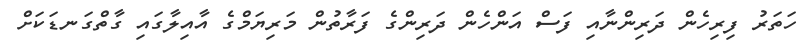
ހަތަރު ފިރިހެން ދަރިންނާއި ފަސް އަންހެން ދަރިންގެ ފަރާތުން މަރިޔަމްގެ އާއިލާގައި ގާތްގަނޑަކަށް